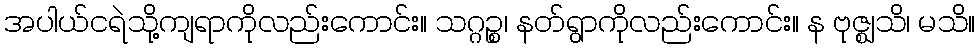
အပါယ်ငရဲသို့ကျရာကိုလည်းကောင်း။ သဂ္ဂဉ္စ၊ နတ်ရွာကိုလည်းကောင်း။ န ဗုဇ္ဈသိ၊ မသိ။